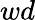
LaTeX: wd